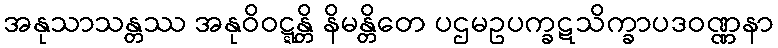
အနုသာသန္တဿ အနုဝိဝဋ္ဋန္တိ နိမန္တိတေ ပဌမဥပက္ခဋသိက္ခာပဒဝဏ္ဏနာ